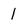
Character: 1